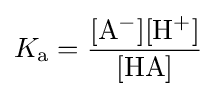
K_{\mathrm {a} }=\mathrm {\frac {[A^{-}][H^{+}]}{[HA]}}